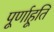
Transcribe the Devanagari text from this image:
पूर्णाहूति